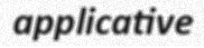
applicative